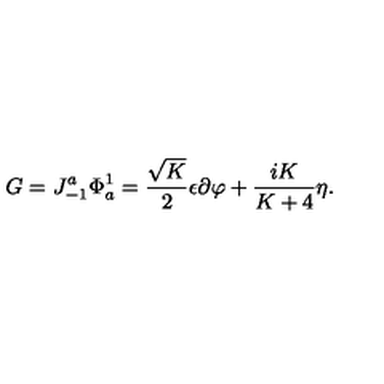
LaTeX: G = J _ { - 1 } ^ { a } \Phi _ { a } ^ { 1 } = { \frac { \sqrt { K } } { 2 } } \epsilon \partial \varphi + { \frac { i K } { K + 4 } } \eta { } .